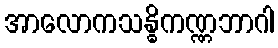
အာလောကသန္ဓိကဏ္ဏဘာဂါ